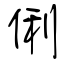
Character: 俐